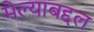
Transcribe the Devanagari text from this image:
मेल्याबद्दल